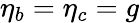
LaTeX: \eta_{b}=\eta_{c}=g